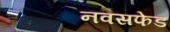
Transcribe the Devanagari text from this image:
नवसफेड